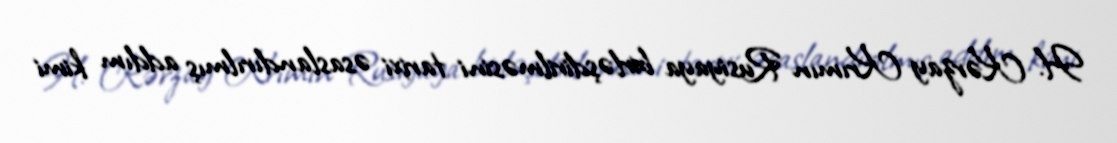
H. Kərzay Krımın Rusiyaya birləşdirilməsini tarixi əsaslandırılmış addım kimi